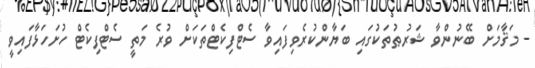
- މަޤާމަށް ބޭނުންވާ ޝަރުޠުތަކުގައި ބަޔާންކުރެވިފައިވާ ސެޓްފިކެޓްތަކަށް ވުރެ މަތީ ސެޓްފިކެޓް ހުށަހަޅާފައިވީ